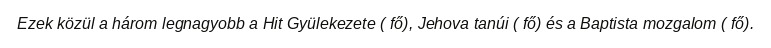
Ezek közül a három legnagyobb a Hit Gyülekezete ( fő), Jehova tanúi ( fő) és a Baptista mozgalom ( fő).